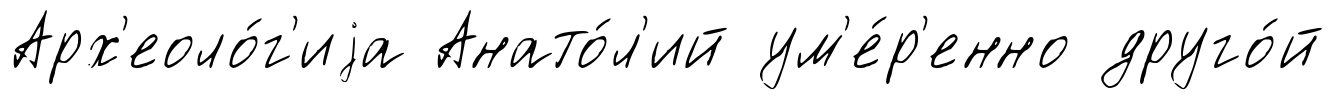
Арх'еоло́г'иjа Анато́л'ий ум'е́р'енно друго́й